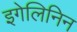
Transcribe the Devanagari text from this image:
इगेलिनिन